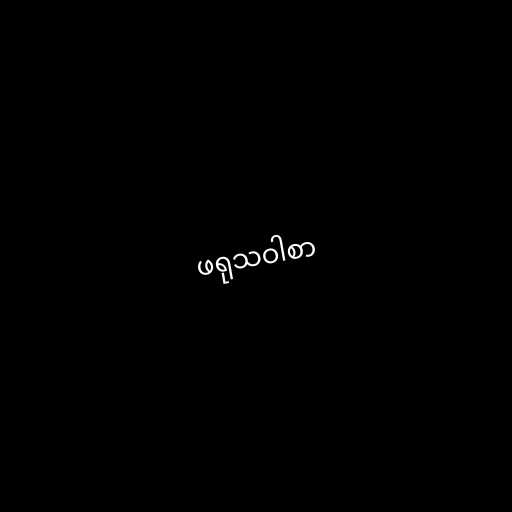
ဖရုသဝါစာ